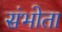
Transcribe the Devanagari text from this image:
संभोता